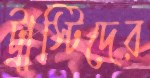
ট্রাস্টিদের